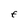
Character: E